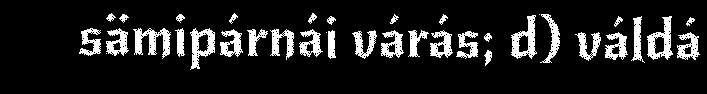
sämipárnái várás; d) váldá